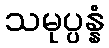
သမုပ္ပန္နံ